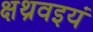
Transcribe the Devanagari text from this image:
क्षथ्रवइयं